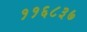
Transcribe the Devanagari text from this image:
११६८३७